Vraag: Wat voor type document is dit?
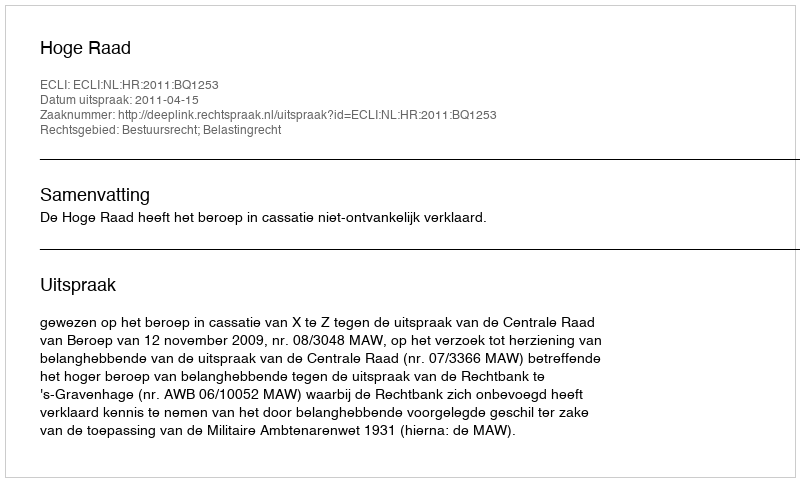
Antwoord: Uitspraak